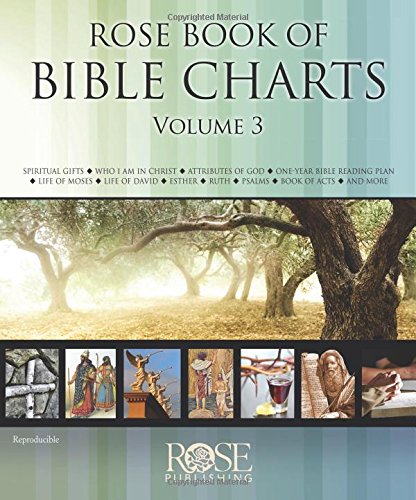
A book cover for Rose Book of Bible Charts Volume 3; Rose Publishing; Reference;